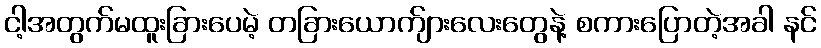
ငါ့အတွက်မထူးခြားပေမဲ့ တခြားယောက်ျားလေးတွေနဲ့ စကားပြောတဲ့အခါ နင်